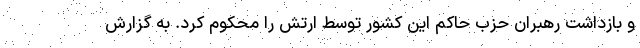
و بازداشت رهبران حزب حاکم این کشور توسط ارتش را محکوم کرد. به گزارش